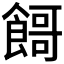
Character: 𱃬